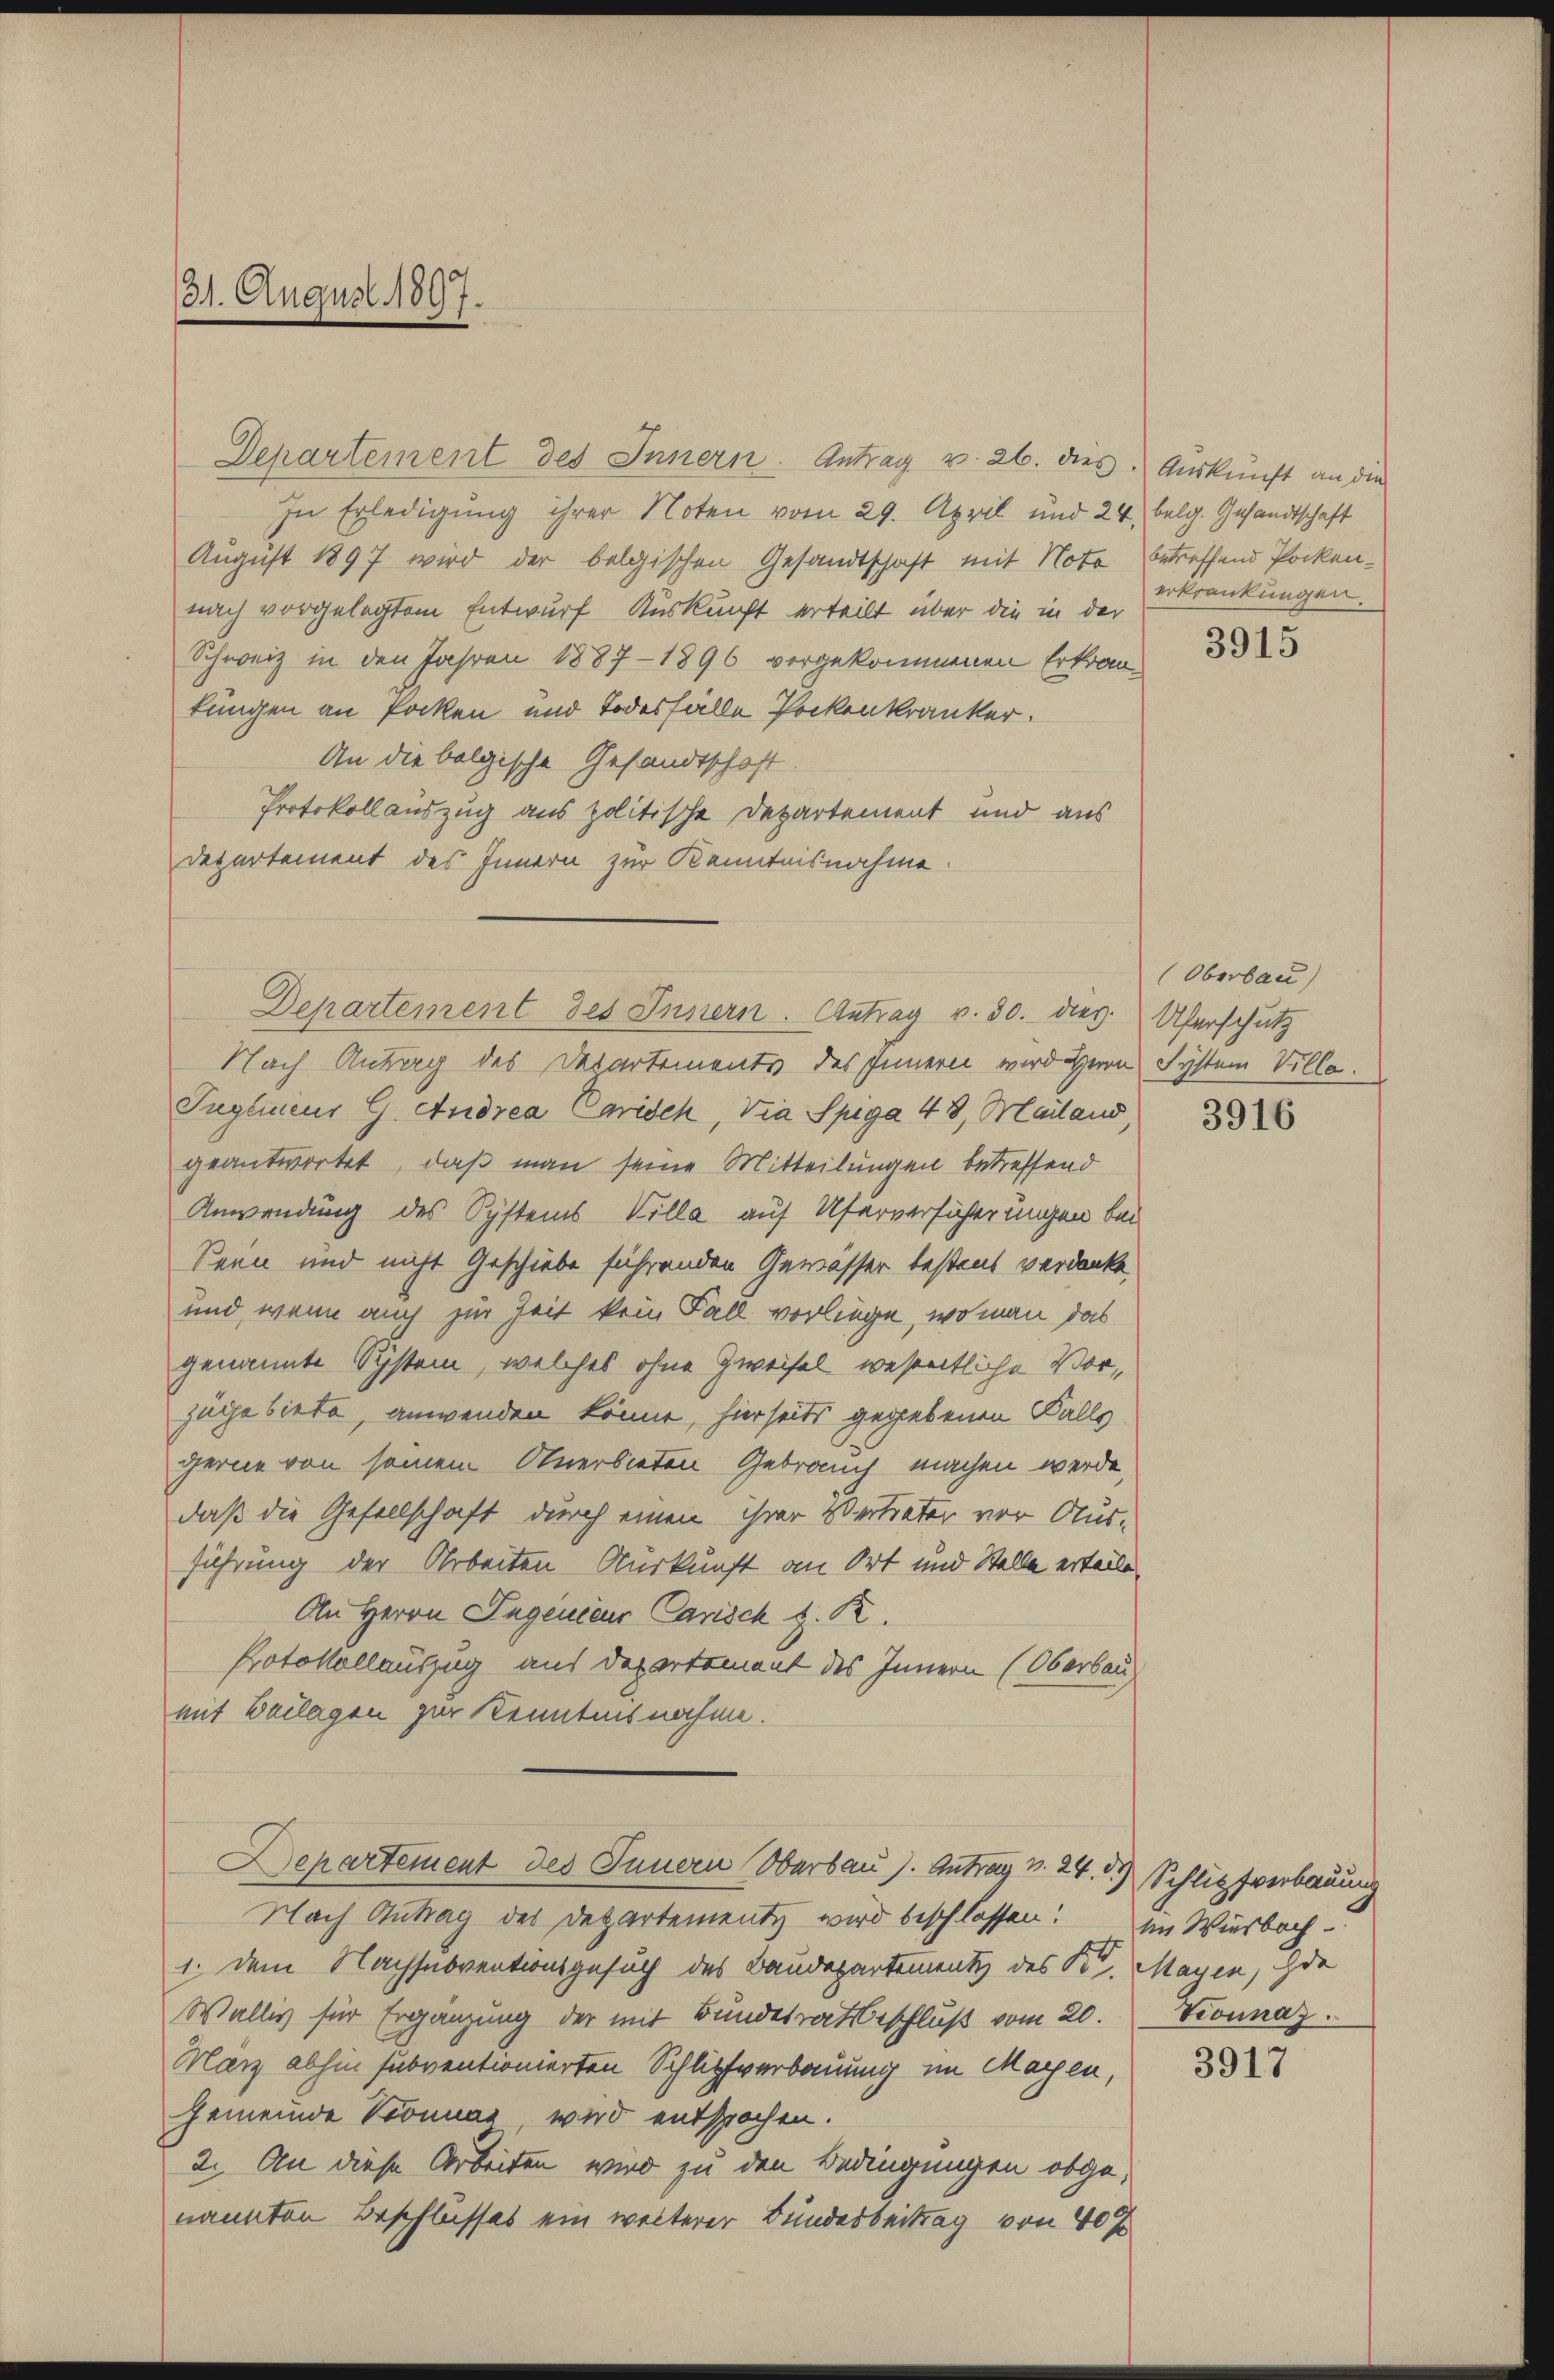
31. August 1897.

In Erledigung ihrer Noten vom 29. April und 24. belg. Gesandtschaft
August 1897 wird der belgischen Gesandtschaft mit Noto
nach vorgelegtem Entwurf Auskunft erteilt über die in der
Schweiz in den Jahren 1887-1896 vorgekommenen Erkrankungen an Pocken und Todesfälle Pockenkranker.
An die bolgische Gesandtschaft
Protokoll auszug aus politische Departement und aus
Departement des Innern zur Kenntnisnahme.
Nach Antrag des Departements des Innern wird Herrn System Ville.
Tuglinius G. Andrea Carisch, Via Spiga 48. Mailans
geantwortet, daß man seine Mitteilungen betreffend
Anwendung des Systems Villa auf Uferversicherungen bei
Seen und nicht Geschiebe führenden Gewässer bestent verdanke,
und, wenn auch zur Zeit kein Fall vorliege, wo man das
genannte System, welches ohne Zweifel wesentliche Vorzüge biete, anwenden könne, hierseits gegebenen Falle
gerne von seinem Anerbieten Gebrauch machen werde,
daß die Gesellschaft durch einen ihrer Vertreter vor Ausführung der Arbeiten Auskunft an Ort und Stelle erteile
An Herrn Jugenieur Carisch z. R.
Protokollauszug aus Departement des Innern (Oberbau
mit Beilagen zur Kenntnisnahme.
Departement des Innern Oberbau s. Antrag v. 24. d. Schlipfverbauung
Nach Antrag des Departementz wird beschlossen! Im Wiesbach-
1. Dem Nachsubventionsgesuch des Baudepartement des K. Mayen, de
Wallis für Ergänzung der mit Bundesratsbeschluß vom 20.
Marz abhin subventionierten Schlipfverbauung im Magen,
Gemeinde Sonnas wird entsprochen.
2. An diese Arbeiten wird zu den Bedingungen obgenannten Beschlusses ein weiterer Bundesbeitrag von 40 f

Departement des Innern. Antrag v. 26. dies. Auskunft an die

Departement des Innern. Antrag v. 30. dies

betreffend Pockenerkrankungen.

3915

(Oberbau)
Uferschutz

3916

Teounaz.

3917